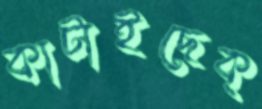
কাটাইছেক্